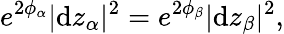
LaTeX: e^{2\phi_{\alpha}}|\mathrm{d}z_{\alpha}|^{2}=e^{2\phi_{\beta}}|\mathrm{d}z_{\beta}|^{2},